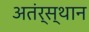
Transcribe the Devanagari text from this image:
अतंर्स्थान